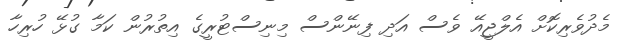
މެދުވެރިކޮށް އެލްޖީއޭ ވެސް އަދި ފިނޭންސް މިނިސްޓުރީގެ އިތުރުން ކަމާ ގުޅޭ ހުރިހާ